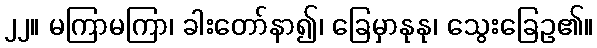
၂၂။ မကြာမကြာ၊ ခါးတော်နာ၍၊ ခြေမှာနုနု၊ သွေးခြေဥ၏။